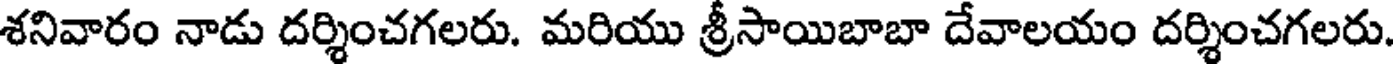
శనివారం నాడు దర్శించగలరు. మరియు శ్రీసాయిబాబా దేవాలయం దర్శించగలరు.